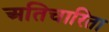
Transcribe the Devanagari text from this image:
अतिचारिता